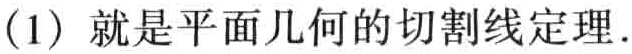
（1）就是平面几何的切割线定理.